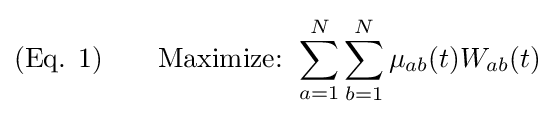
{\text{(Eq. 1)}}\qquad {\text{Maximize: }}\sum _{a=1}^{N}\sum _{b=1}^{N}\mu _{ab}(t)W_{ab}(t)